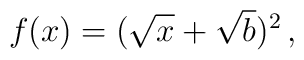
f(x) = ( \sqrt{x} + \sqrt{b} )^2 \, ,